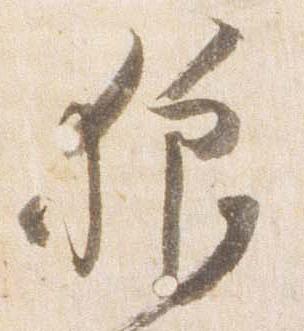
狼